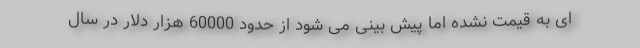
ای به قیمت نشده اما پیش بینی می شود از حدود 60000 هزار دلار در سال